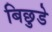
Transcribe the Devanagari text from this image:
बिछुडे